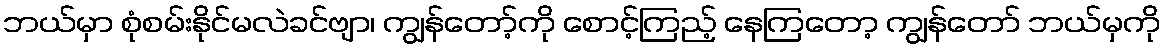
ဘယ်မှာ စုံစမ်းနိုင်မလဲခင်ဗျာ၊ ကျွန်တော့်ကို စောင့်ကြည့် နေကြတော့ ကျွန်တော် ဘယ်မှကို